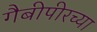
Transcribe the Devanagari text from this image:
गैबीपीरच्या